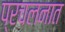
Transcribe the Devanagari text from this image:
प्रचलनात